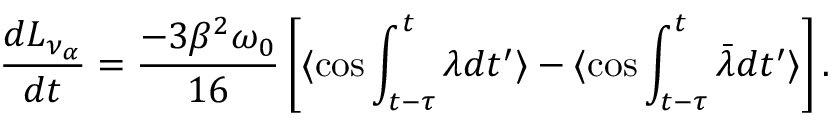
{ \frac { d L _ { \nu _ { \alpha } } } { d t } } = { \frac { - 3 \beta ^ { 2 } \omega _ { 0 } } { 1 6 } } \left[ \langle \cos \int _ { t - \tau } ^ { t } \lambda d t ^ { \prime } \rangle - \langle \cos \int _ { t - \tau } ^ { t } \bar { \lambda } d t ^ { \prime } \rangle \right] .